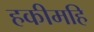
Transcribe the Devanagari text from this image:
हकीमहि